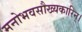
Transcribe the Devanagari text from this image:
मनोभवसौख्यकारिन्।